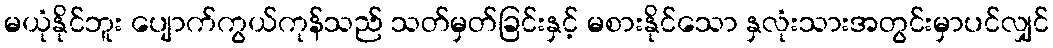
မယုံနိုင်ဘူး ပျောက်ကွယ်ကုန်သည် သတ်မှတ်ခြင်းနှင့် မစားနိုင်သော နှလုံးသားအတွင်းမှာပင်လျှင်